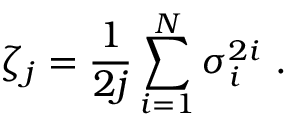
\zeta _ { j } = \frac { 1 } { 2 j } \sum _ { i = 1 } ^ { N } \sigma _ { i } ^ { 2 i } \mathrm { ~ . ~ }